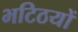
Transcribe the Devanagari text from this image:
भटिठयों